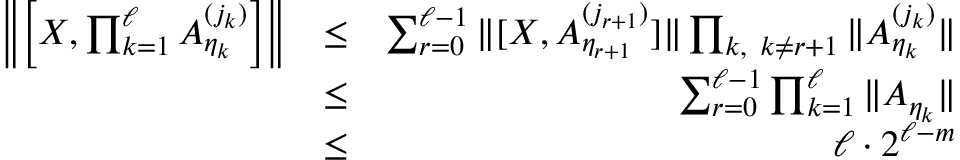
\begin{array} { r l r } { \left\| \left[ X , \prod _ { k = 1 } ^ { \ell } A _ { \eta _ { k } } ^ { ( j _ { k } ) } \right] \right\| } & { \leq } & { \sum _ { r = 0 } ^ { \ell - 1 } \| [ X , A _ { \eta _ { r + 1 } } ^ { ( j _ { r + 1 } ) } ] \| \prod _ { k , \ k \neq r + 1 } \| A _ { \eta _ { k } } ^ { ( j _ { k } ) } \| } \\ & { \leq } & { \sum _ { r = 0 } ^ { \ell - 1 } \prod _ { k = 1 } ^ { \ell } \| A _ { \eta _ { k } } \| } \\ & { \leq } & { \ell \cdot 2 ^ { \ell - m } } \end{array}